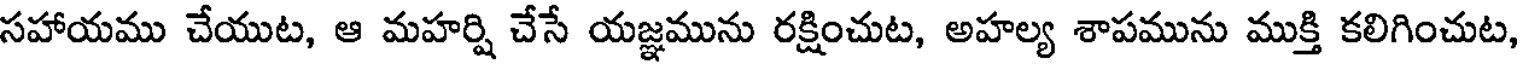
సహాయము చేయుట, ఆ మహర్షి చేసే యజ్ఞమును రక్షించుట, అహల్య శాపమును ముక్తి కలిగించుట,